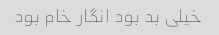
خیلی بد بود انگار خام بود